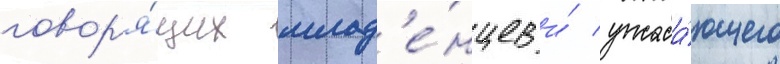
говор'я́щих млад'е́нцев и́ ужаса́ющего